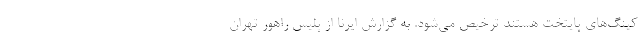
کینگ‌های پایتخت هستند ترخیص می‌شود. به گزارش ایرنا از پلیس راهور تهران